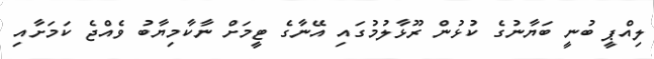
ލިއްޕީ ބުނީ ބަޔާނުގެ ކުޅުން ރޫޅާލުމުގައި އޭނާގެ ޓީމަށް ނާކާމިޔާބު ވެއްޖެ ކަމަށާއި